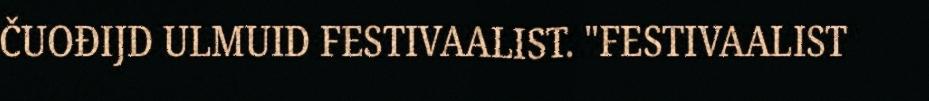
ČUOĐIJD ULMUID FESTIVAALIST. "FESTIVAALIST